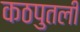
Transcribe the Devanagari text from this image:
कठपुतली